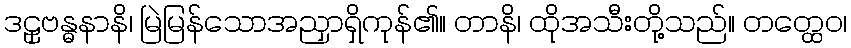
ဒဠှဗန္ဓနာနိ၊ မြဲမြန်သောအညှာရှိကုန်၏။ တာနိ၊ ထိုအသီးတို့သည်။ တတ္ထေဝ၊